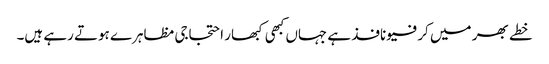
خطے بھر میں کرفیو نافذ ہے جہاں کبھی کبھار احتجاجی مظاہرے ہوتے رہے ہیں۔